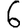
Digit: 6